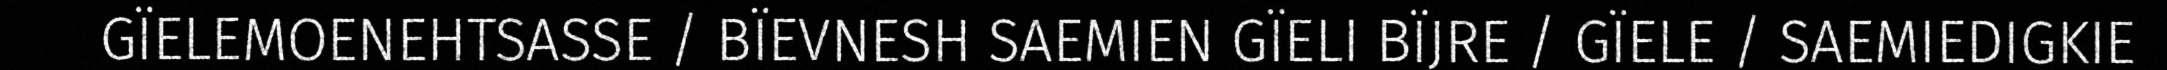
GÏELEMOENEHTSASSE / BÏEVNESH SAEMIEN GÏELI BÏJRE / GÏELE / SAEMIEDIGKIE